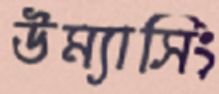
উম্যাসিং